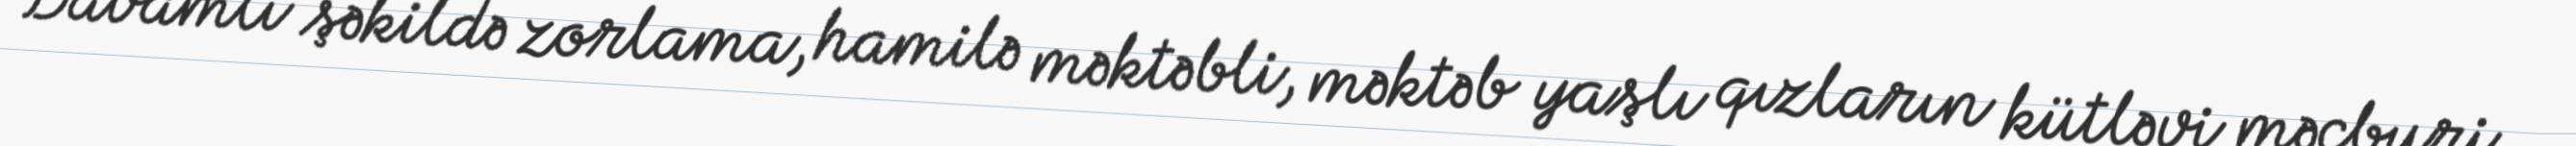
Davamlı şəkildə zorlama, hamilə məktəbli, məktəb yaşlı qızların kütləvi məcburi